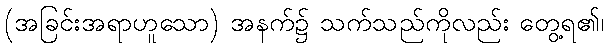
(အခြင်းအရာဟူသော) အနက်၌ သက်သည်ကိုလည်း တွေ့ရ၏၊